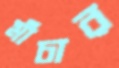
মাঁচার